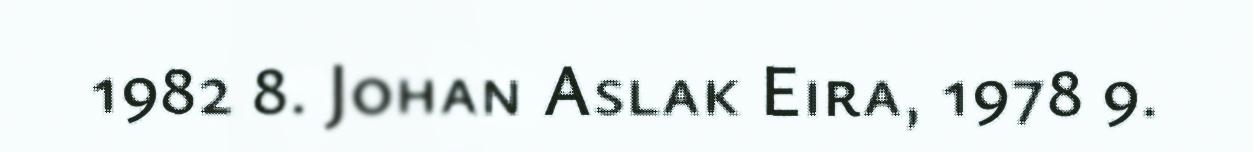
1982 8. Johan Aslak Eira, 1978 9.